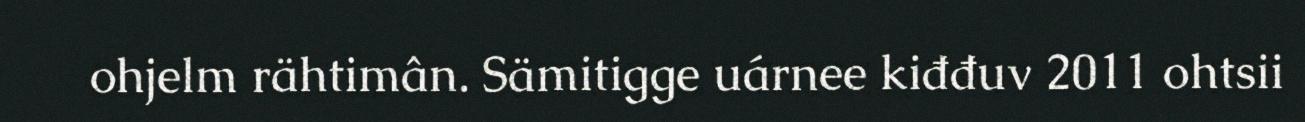
ohjelm rähtimân. Sämitigge uárnee kiđđuv 2011 ohtsii